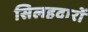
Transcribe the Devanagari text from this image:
सिलहदारों